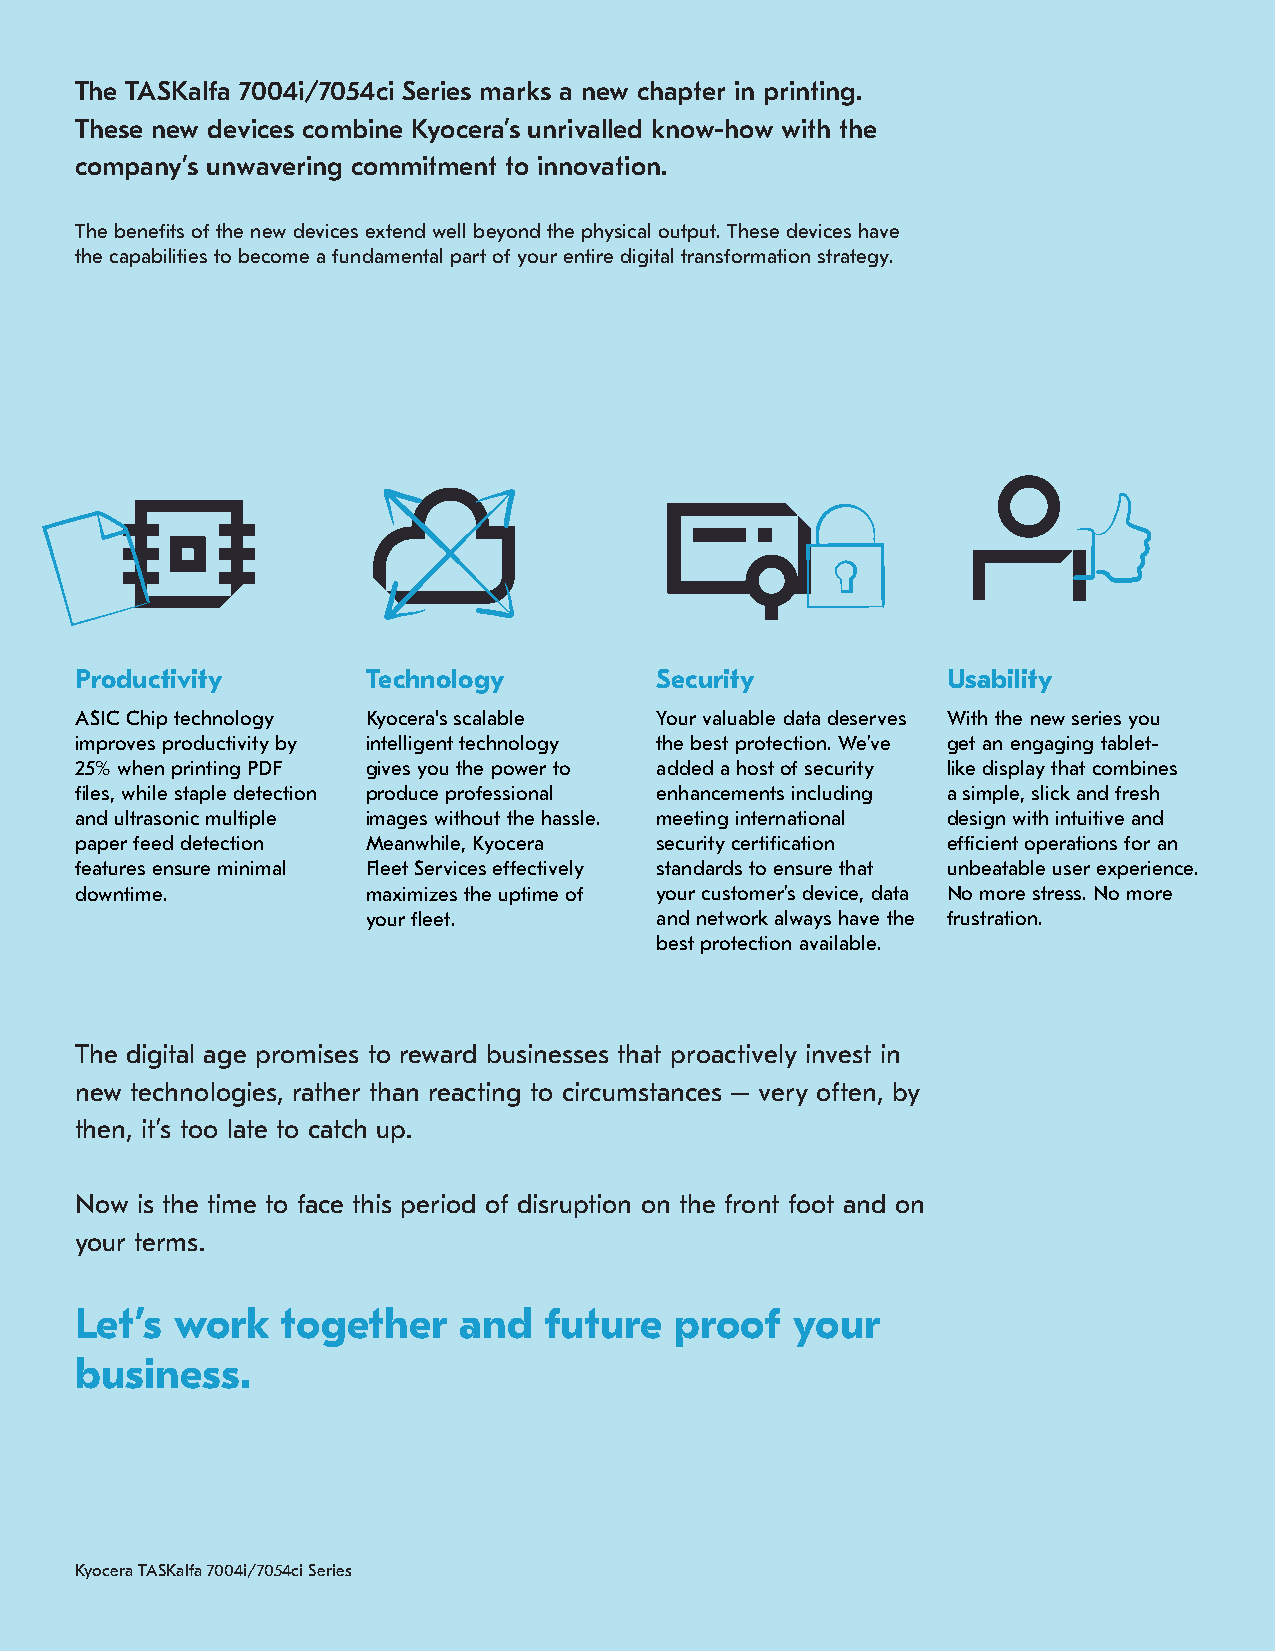
The TASKalfa 7004i/7054ci Series marks a new chapter in printing.
 These new devices combine Kyocera’s unrivalled know-how with the
 company’s unwavering commitment to innovation.
 The benefits of the new devices extend well beyond the physical output. These devices have
 the capabilities to become a fundamental part of your entire digital transformation strategy.
 Productivity       Technology         Security            Usability
 ASIC Chip technology Kyocera's scalable Your valuable data deserves With the new series you
 improves productivity by intelligent technology the best protection. We’ve get an engaging tablet-
 25% when printing PDF gives you the power to added a host of security like display that combines
 files, while staple detection produce professional enhancements including a simple, slick and fresh
 and ultrasonic multiple images without the hassle. meeting international design with intuitive and
 paper feed detection Meanwhile, Kyocera security certification efficient operations for an
 features ensure minimal Fleet Services effectively standards to ensure that unbeatable user experience.
 downtime.          maximizes the uptime of your customer’s device, data No more stress. No more
 your fleet.        and network always have the frustration.
 best protection available.
 The digital age promises to reward businesses that proactively invest in
 new technologies, rather than reacting to circumstances – very often, by
 then, it’s too late to catch up.
 Now is the time to face this period of disruption on the front foot and on
 your terms.
 Let’s  work   together   and   future   proof  your
 business.
 Kyocera TASKalfa 7004i/7054ci Series                                     14